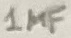
Text: 1µF